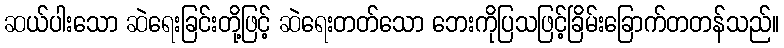
ဆယ်ပါးသော ဆဲရေးခြင်းတို့ဖြင့် ဆဲရေးတတ်သော ဘေးကိုပြသဖြင့်ခြိမ်းခြောက်တတန်သည်။